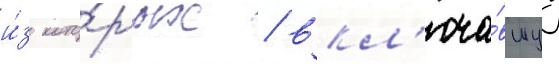
и́з кото́рых / вкл'юча́вшуу